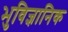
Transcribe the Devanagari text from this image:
भुविज्ञानिक